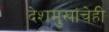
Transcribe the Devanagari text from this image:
देशमुखांचेही